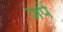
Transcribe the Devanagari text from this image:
जपें